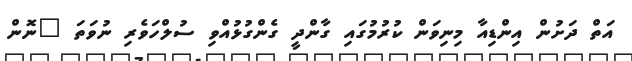
އަތް ދަށުން އިންޑިއާ މިނިވަން ކުރުމުގައި ގާންދީ ގެންގުޅުއްވި ސުލްހަވެރި ނުވަތަ "ނޮން